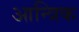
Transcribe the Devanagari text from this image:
आन्त्रिक